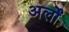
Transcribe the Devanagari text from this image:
अर्लों